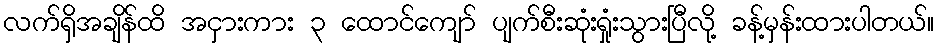
လက်ရှိအချိန်ထိ အငှားကား ၃ ထောင်ကျော် ပျက်စီးဆုံးရှုံးသွားပြီလို့ ခန့်မှန်းထားပါတယ်။